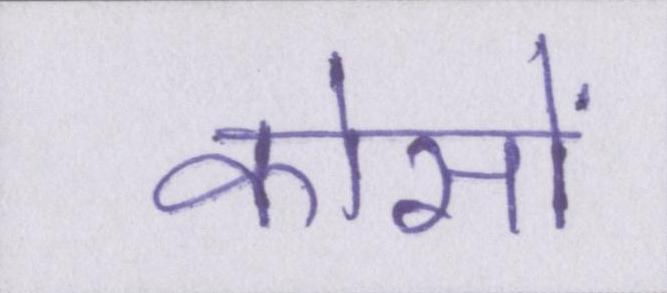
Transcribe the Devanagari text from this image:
कोसों